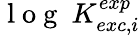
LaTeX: \mathrm{~l~o~g~}~K_{exc,i}^{exp}